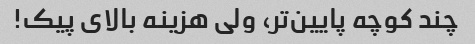
چند کوچه پایین‌تر، ولی هزینه بالای پیک!